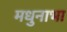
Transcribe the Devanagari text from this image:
मधुनाभा